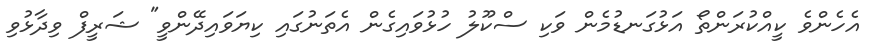
އެހެންވެ ކީއްކުރަންތޯ އަޅުގަނޑުމެން ވަކި ސްކޫލު ހުޅުވައިގެން އެތަނުގައި ކިޔަވައިދޭންވީ" ޝަރީފް ވިދާޅުވި